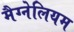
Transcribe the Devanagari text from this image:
मैग्नेलियम